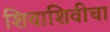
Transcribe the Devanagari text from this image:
शिवाशिवीचा